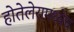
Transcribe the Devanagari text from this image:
होतेलेरामध्येच